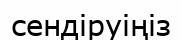
сендіруіңіз